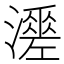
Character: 𤁺